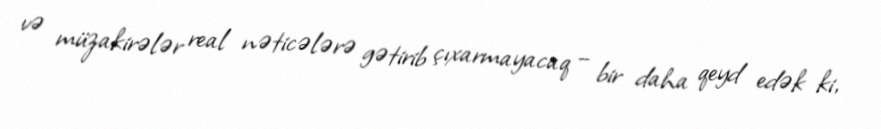
və müzakirələr real nəticələrə gətirib çıxarmayacaq – bir daha qeyd edək ki,